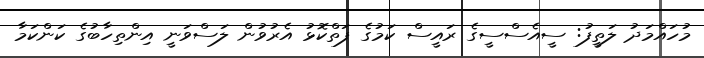
މުހައްމަދު ލަތީފު: ސީއެސްސީގެ ރައީސް ކަމުގެ ފަތްކޮޅު އެރުވުން ލަސްވަނީ އިންތިހާބުގެ ކަންކަމާ